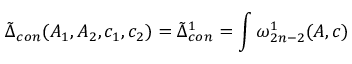
\tilde { \Delta } _ { c o n } ( A _ { 1 } , A _ { 2 } , c _ { 1 } , c _ { 2 } ) = \tilde { \Delta } _ { c o n } ^ { 1 } = \int \omega _ { 2 n - 2 } ^ { 1 } ( A , c )